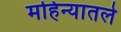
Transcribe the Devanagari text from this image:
महिन्यातले